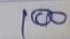
100